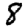
Digit: 8